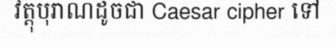
វត្តុបុរាណដូចជា Caesar cipher ទៅ